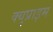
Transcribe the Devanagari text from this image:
क्युप्राइम